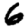
Digit: 6